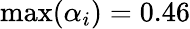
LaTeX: \operatorname*{max}(\alpha_{i})=0.46